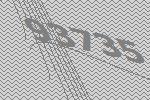
93735